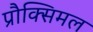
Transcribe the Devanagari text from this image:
प्रौक्सिमल